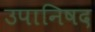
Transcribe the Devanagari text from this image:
उपानिषद